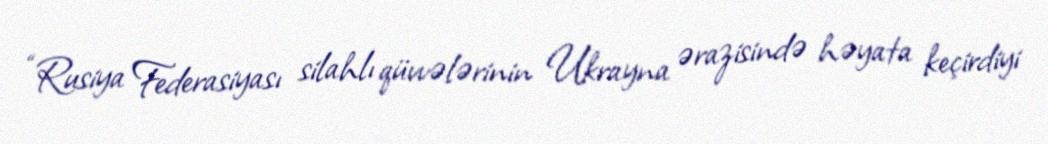
“Rusiya Federasiyası silahlı qüvvələrinin Ukrayna ərazisində həyata keçirdiyi